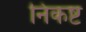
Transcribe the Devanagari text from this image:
निकष्ट